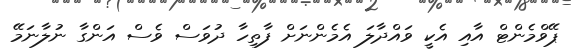
ޕޭވްމެންޓް އާއި އެކީ ވައްދާލަ އެމެންނަށް ފާތިހާ ދުވަސް ވެސް އަންގާ ނުލާނަމޭ